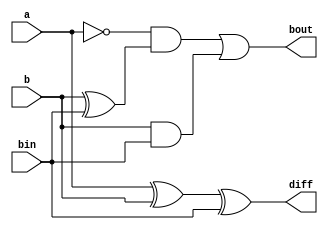
// Code your design here
module fullsubtractor1(output diff, bout, input a, b, bin);
  
  //methodology: data flow modeling
  assign diff = a ^ b ^ bin;
  assign bout = ~a & (b ^ bin) | b & bin;
  
endmodule


// Code your testbench here
// or browse Examples

module fullsubtractor1_tb;
	wire diff, bout;
	reg a, b, bin;
  
  fullsubtractor1 Instance0 (diff, bout, a, b, bin);
  
initial begin
         a = 0; b = 0; bin = 0;
	#20  a = 0; b = 0; bin = 1;
	#20  a = 0; b = 1; bin = 0;
	#20  a = 0; b = 1; bin = 1;
	#20  a = 1; b = 0; bin = 0;
	#20  a = 1; b = 0; bin = 1;
	#20  a = 1; b = 1; bin = 0;
	#20  a = 1; b = 1; bin = 1; 
end
  
initial begin
    $dumpfile("dump.vcd");
    $dumpvars(1);
end
endmodule